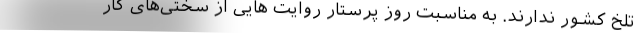
تلخ کشور ندارند. به مناسبت روز پرستار روایت هایی از سختی‌های کار